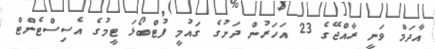
އާދަމް ވަނީ ރާއްޖޭގެ 23 އަހަރުން ދަށުގެ ގައުމީ ފުޓްބޯޅަ ޓީމުގެ އެސިސްޓެންޓް